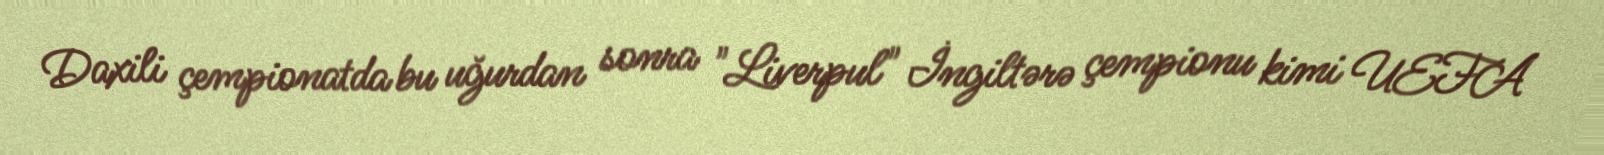
Daxili çempionatda bu uğurdan sonra "Liverpul" İngiltərə çempionu kimi UEFA